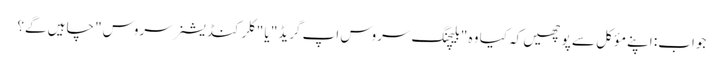
جواب: اپنے مؤکل سے پوچھیں کہ کیا وہ "بلیچنگ سروس اپ گریڈ" یا "کلر کنڈیشنر سروس" چاہیں گے؟